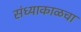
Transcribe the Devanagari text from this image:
संध्याकाळचा